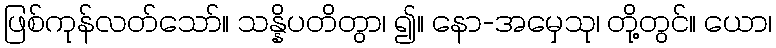
ဖြစ်ကုန်လတ်သော်။ သန္နိပတိတွာ၊ ၍။ နော-အမှေသု၊ တို့တွင်။ ယော၊